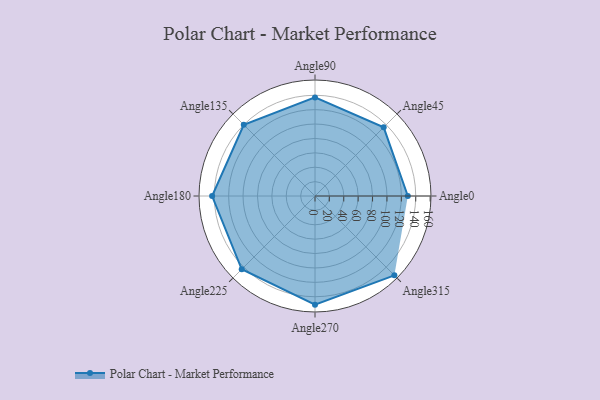
{"axis": {"x": "Angle", "y": "Radius"}, "legend": [""], "data": [{"x": "Angle0", "y": 129.0, "type": ""}, {"x": "Angle45", "y": 135.0, "type": ""}, {"x": "Angle90", "y": 137.0, "type": ""}, {"x": "Angle135", "y": 140.0, "type": ""}, {"x": "Angle180", "y": 143.0, "type": ""}, {"x": "Angle225", "y": 144.0, "type": ""}, {"x": "Angle270", "y": 151.0, "type": ""}, {"x": "Angle315", "y": 156.0, "type": ""}]}